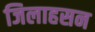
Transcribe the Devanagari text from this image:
जिलाहसन